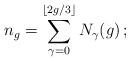
LaTeX: \begin{align*} n_g=\sum_{\gamma=0}^{\lfloor 2g/3\rfloor}N_\gamma(g)\, ; \end{align*}